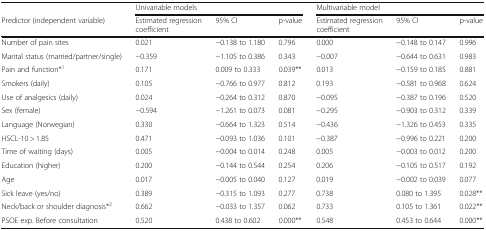
<table><thead><tr><td></td><td colspan="3"><b>Univariable models</b></td><td colspan="3"><b>Multivariable model</b></td></tr><tr><td><b>Predictor (independent variable)</b></td><td><b>Estimated regression coefficient</b></td><td><b>95% CI</b></td><td><b>p-value</b></td><td><b>Estimated regression coefficient</b></td><td><b>95% CI</b></td><td><b>p-value</b></td></tr></thead><tbody><tr><td>Number of pain sites</td><td>0.021</td><td>−0.138 to 1.180</td><td>0.796</td><td>0.000</td><td>−0.148 to 0.147</td><td>0.996</td></tr><tr><td>Marital status (married/partner/single)</td><td>−0.359</td><td>−1.105 to 0.386</td><td>0.343</td><td>−0.007</td><td>−0.644 to 0.631</td><td>0.983</td></tr><tr><td>Pain and function*<sup>1</sup></td><td>0.171</td><td>0.009 to 0.333</td><td>0.039**</td><td>0.013</td><td>−0.159 to 0.185</td><td>0.881</td></tr><tr><td>Smokers (daily)</td><td>0.105</td><td>−0.766 to 0.977</td><td>0.812</td><td>0.193</td><td>−0.581 to 0.968</td><td>0.624</td></tr><tr><td>Use of analgesics (daily)</td><td>0.024</td><td>−0.264 to 0.312</td><td>0.870</td><td>−0.095</td><td>−0.387 to 0.196</td><td>0.520</td></tr><tr><td>Sex (female)</td><td>−0.594</td><td>−1.261 to 0.073</td><td>0.081</td><td>−0.295</td><td>−0.903 to 0.312</td><td>0.339</td></tr><tr><td>Language (Norwegian)</td><td>0.330</td><td>−0.664 to 1.323</td><td>0.514</td><td>−0.436</td><td>−1.326 to 0.453</td><td>0.335</td></tr><tr><td>HSCL-10 &gt; 1.85</td><td>0.471</td><td>−0.093 to 1.036</td><td>0.101</td><td>−0.387</td><td>−0.996 to 0.221</td><td>0.200</td></tr><tr><td>Time of waiting (days)</td><td>0.005</td><td>−0.004 to 0.014</td><td>0.248</td><td>0.005</td><td>−0.003 to 0.012</td><td>0.200</td></tr><tr><td>Education (higher)</td><td>0.200</td><td>−0.144 to 0.544</td><td>0.254</td><td>0.206</td><td>−0.105 to 0.517</td><td>0.192</td></tr><tr><td>Age</td><td>0.017</td><td>−0.005 to 0.040</td><td>0.127</td><td>0.019</td><td>−0.002 to 0.039</td><td>0.077</td></tr><tr><td>Sick leave (yes/no)</td><td>0.389</td><td>−0.315 to 1.093</td><td>0.277</td><td>0.738</td><td>0.080 to 1.395</td><td>0.028**</td></tr><tr><td>Neck/back or shoulder diagnosis*<sup>2</sup></td><td>0.662</td><td>−0.033 to 1.357</td><td>0.062</td><td>0.733</td><td>0.105 to 1.361</td><td>0.022**</td></tr><tr><td>PSOE exp. Before consultation</td><td>0.520</td><td>0.438 to 0.602</td><td>0.000**</td><td>0.548</td><td>0.453 to 0.644</td><td>0.000**</td></tr></tbody></table>